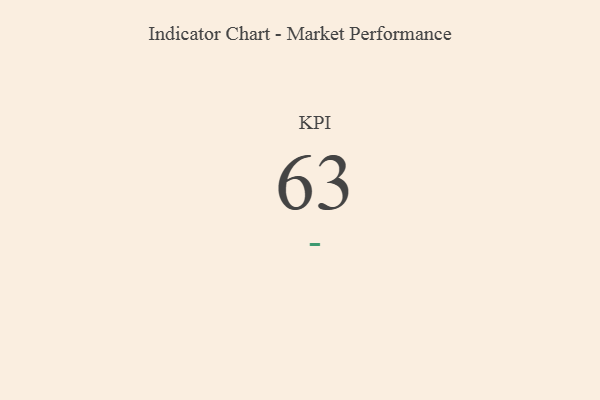
{"axis": {"x": "KPI", "y": "Value"}, "legend": [""], "data": [{"x": "KPI", "y": 63, "type": ""}]}